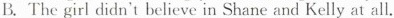
B.The giri didn't believe in Shane and Kelly at all.